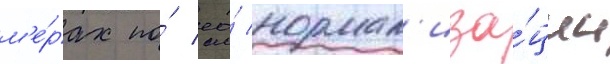
м'е́рах по́ ео́ нормал'иза́ции